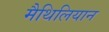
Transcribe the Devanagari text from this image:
मैथिलियान